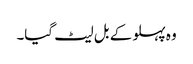
وہ پہلو کے بل لیٹ گیا۔